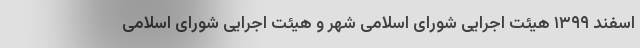
اسفند ۱۳۹۹ هیئت اجرایی شورای اسلامی شهر و هیئت اجرایی شورای اسلامی